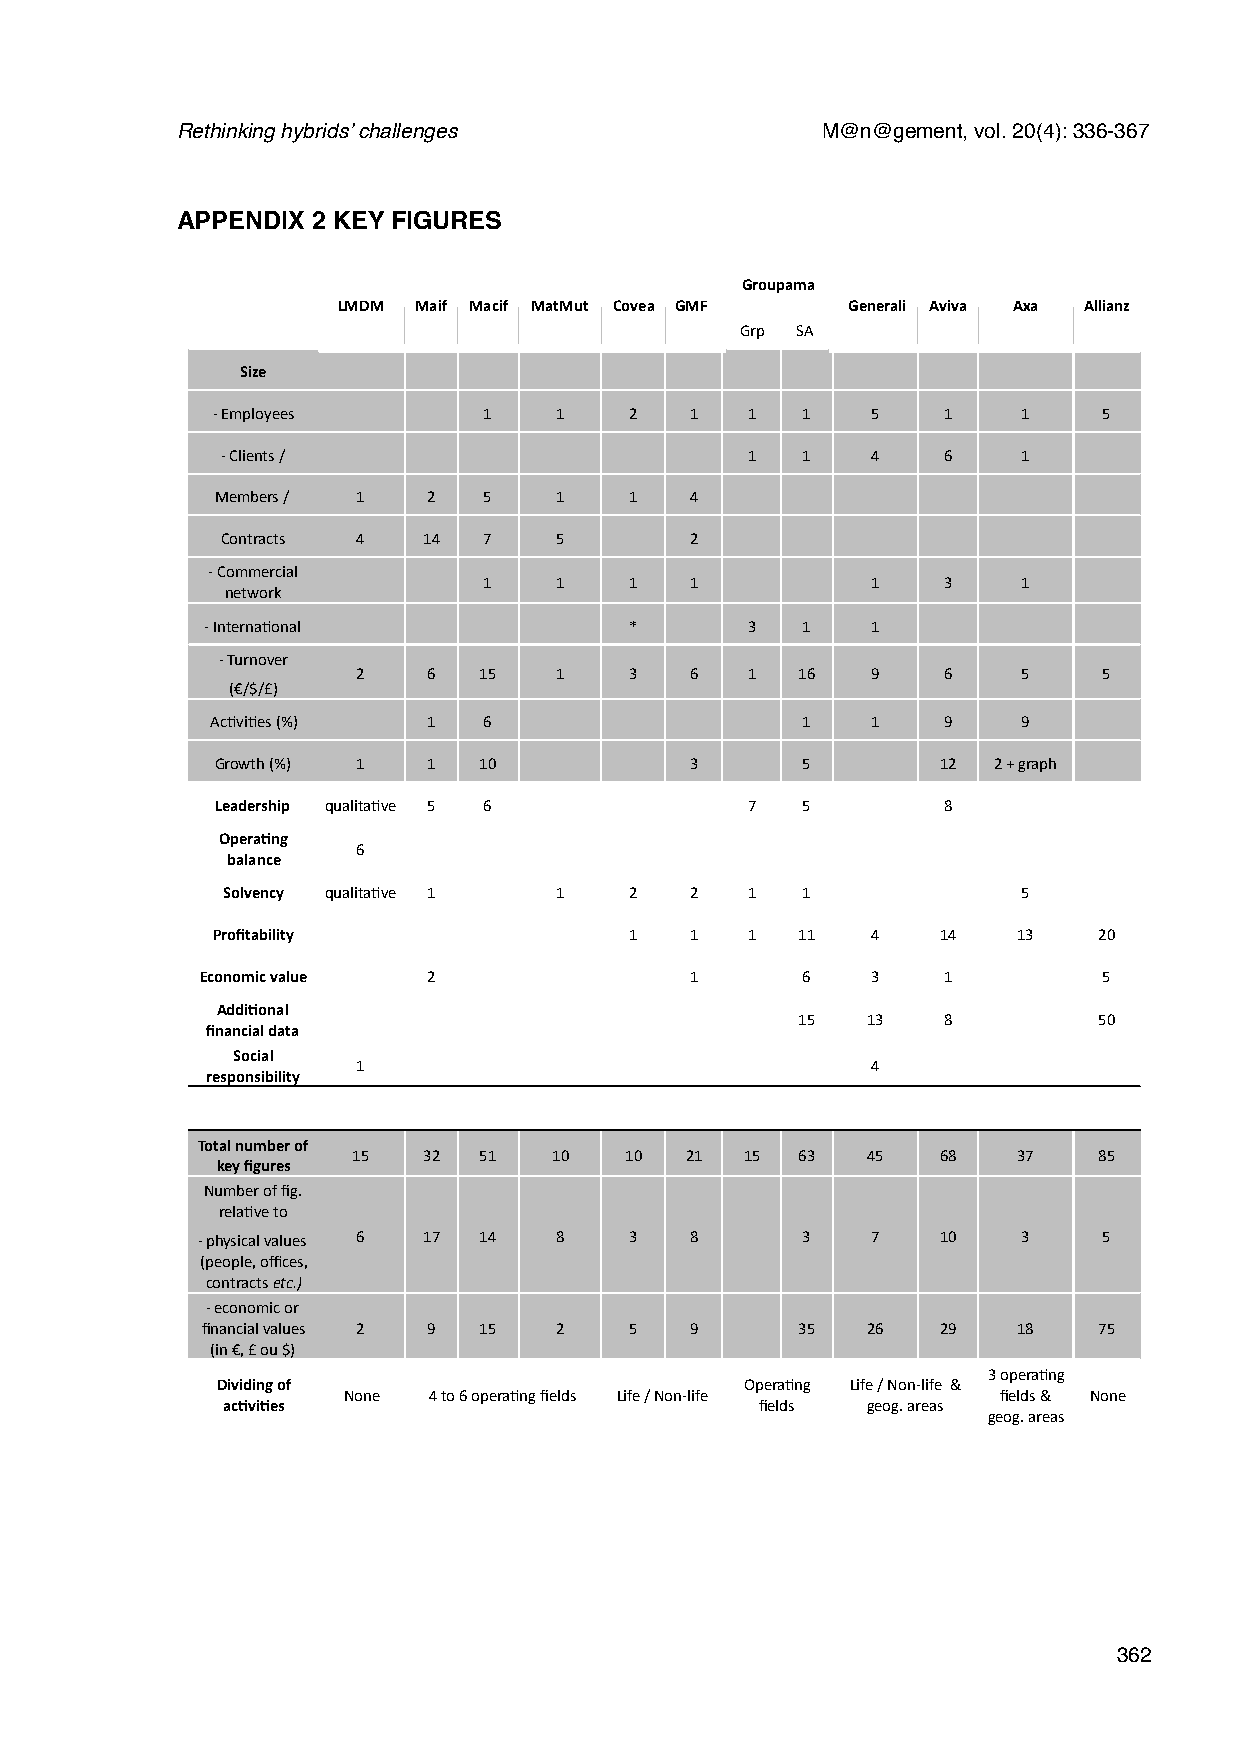
Rethinking hybrids’ challenges            M@n@gement, vol. 20(4): 336-367
 APPENDIX 2 KEY FIGURES
 Groupama
 LMDM Maif Macif MatMut Covea GMF  Generali Aviva Axa Allianz
 Grp SA
 Size
 - Employees       1    1    2   1   1  1    5   1     1    5
 - Clients /                        1  1    4   6     1
 Members / 1   2   5    1    1   4
 Contracts 4  14  7    5        2
 - Commercial
 1    1    1   1           1   3     1
 network
 - InternaBonal              *       3  1    1
 - Turnover
 2   6   15   1    3   6   1  16   9   6     5    5
 (€/$/£)
 AcBviBes (%)  1   6                    1    1   9     9
 Growth (%) 1  1   10            3      5        12  2 + graph
 Leadership qualitaBve 5 6           7  5        8
 Opera=ng
 6
 balance
 Solvency qualitaBve 1 1    2   2   1  1              5
 Profitability               1   1   1  11   4   14   13    20
 Economic value 2                 1      6    3   1          5
 Addi=onal
 15  13   8          50
 financial data
 Social
 1                                 4
 responsibility
 Total number of
 15   32  51   10  10  21  15  63  45   68   37    85
 key figures
 Number of fig.
 relaBve to
 - physical values 6 17 14 8  3   8      3    7   10    3    5
 (people, offices,
 contracts etc.)
 - economic or
 financial values 2 9 15 2    5   9      35  26   29   18    75
 (in €, £ ou $)
 3 operaBng
 Dividing of                        OperaBng Life / Non-life &
 None 4 to 6 operaBng fields Life / Non-life fields & None
 ac=vi=es                           fields geog. areas
 geog. areas
 362